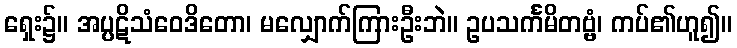
ရှေး၌။ အပ္ပဋိသံဝေဒိတော၊ မလျှောက်ကြားဦးဘဲ။ ဥပသင်္ကမိတဗ္ဗံ၊ ကပ်၏ဟူ၍။